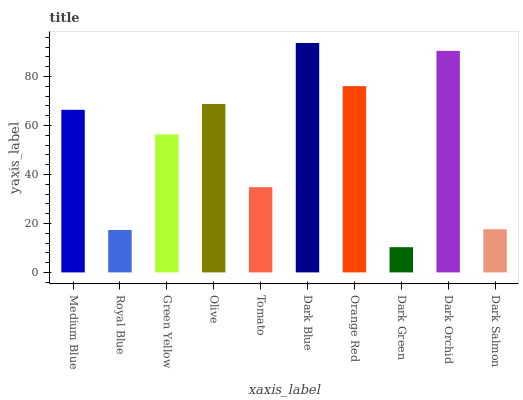
| xaxis_label | bars |
 | --- | --- |
 | Medium Blue | 66.4 |
 | Royal Blue | 17.3 |
 | Green Yellow | 56.3 |
 | Olive | 68.8 |
 | Tomato | 34.8 |
 | Dark Blue | 93.7 |
 | Orange Red | 76.1 |
 | Dark Green | 10.3 |
 | Dark Orchid | 90.5 |
 | Dark Salmon | 17.6 |